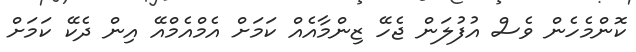
ކޮންމެހެން ވެސް އުފުލަން ޖެހޭ ޒިންމާއެއް ކަމަށް އެމްއެމްއޭ އިން ދެކޭ ކަމަށް